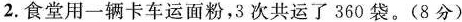
2. 食堂用一辆卡车运面粉，3次共运了360袋。(8分)